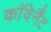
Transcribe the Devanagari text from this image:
काॅवेनैंट